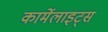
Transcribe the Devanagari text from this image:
कार्मेलाइट्स